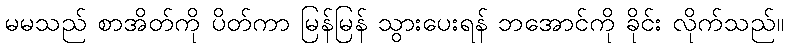
မမသည် စာအိတ်ကို ပိတ်ကာ မြန်မြန် သွားပေးရန် ဘအောင်ကို ခိုင်း လိုက်သည်။